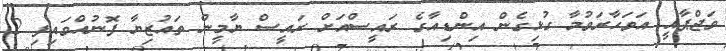
ވަޖްޕާއީ އަވަހާރަވުމާ ގުޅިގެން އިންޑިއާގެ ރައީސްއަށް ރައީސް ޔާމީން ތައުޒިޔާ ފޮނުއްވައިފި 2